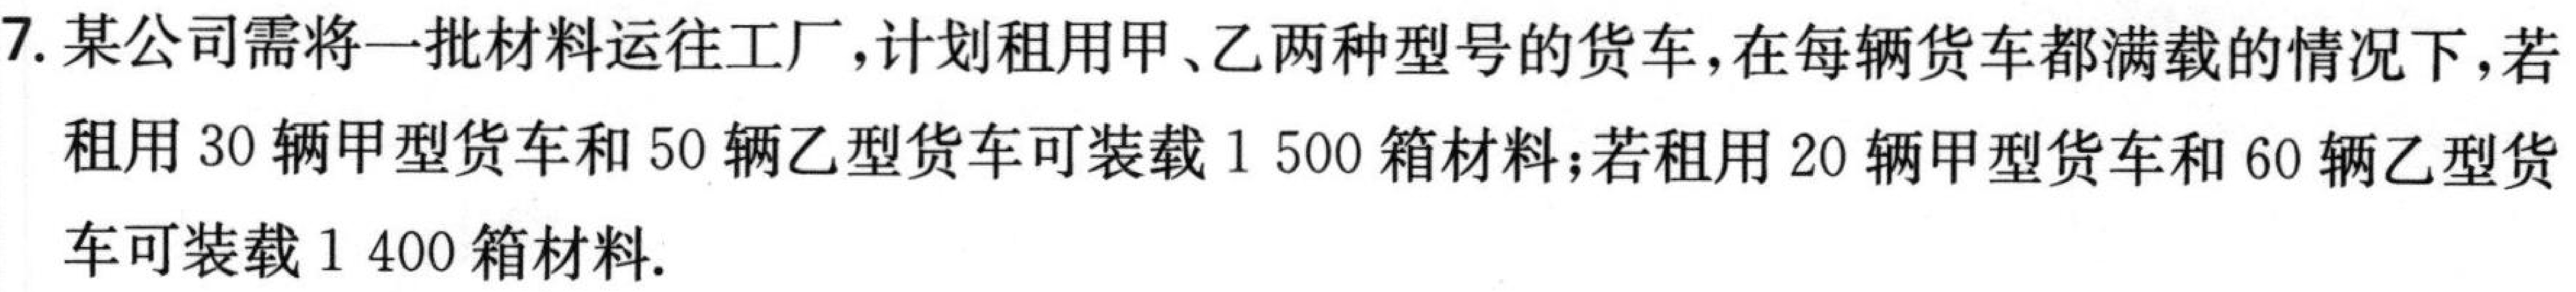
7. 某公司需将一批材料运往工厂，计划租用甲、乙两种型号的货车，在每辆货车都满载的情况下，若

租用\(30\)辆甲型货车和\(50\)辆乙型货车可装载\(1500\)箱材料；若租用\(20\)辆甲型货车和\(60\)辆乙型货

车可装载\(1400\)箱材料.